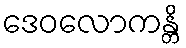
ဒေဝလောကန္တိ